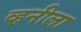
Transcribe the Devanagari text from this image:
व्हनीला